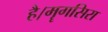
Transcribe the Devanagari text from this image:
है।मॄगसिरा